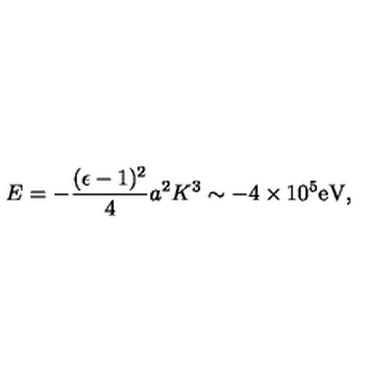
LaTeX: E = - { \frac { ( \epsilon - 1 ) ^ { 2 } } { 4 } } a ^ { 2 } K ^ { 3 } \sim - 4 \times 1 0 ^ { 5 } \mathrm { e V } ,